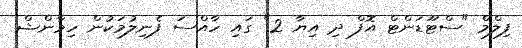
ފިލްމް "ސްޓޫޑަންޓް އޮފް ދި އިޔާ 2" ގައި ހާއްސަ ފެނިލުމަކުން ހިމާންޝް